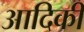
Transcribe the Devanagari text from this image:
आदिकी